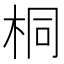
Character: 桐